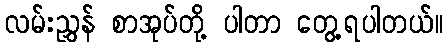
လမ်းညွှန် စာအုပ်တို့ ပါတာ တွေ့ရပါတယ်။